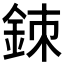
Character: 𨦉